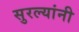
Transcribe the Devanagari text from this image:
सुरल्यांनी